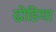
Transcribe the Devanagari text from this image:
ढोडिया